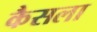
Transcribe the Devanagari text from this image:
कैसला